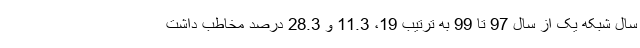
سال شبکه یک از سال 97 تا 99 به ترتیب 19، 11.3 و 28.3 درصد مخاطب داشت